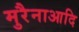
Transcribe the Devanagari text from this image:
मुरैनाआदि